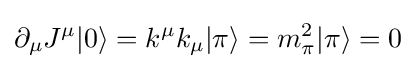
\partial _{\mu }J^{\mu }|0\rangle =k^{\mu }k_{\mu }|\pi \rangle =m_{\pi }^{2}|\pi \rangle =0